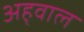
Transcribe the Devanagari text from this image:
अह्‌वाल